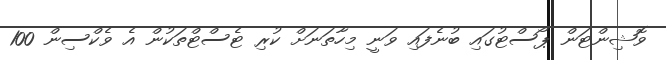
ވޮޝިންޓަން ޕޯސްޓުގައި ބުނެފައި ވަނީ މިހާތަނަށް ކުރި ޓެސްޓްތަކުން އެ ވެކްސިން 100